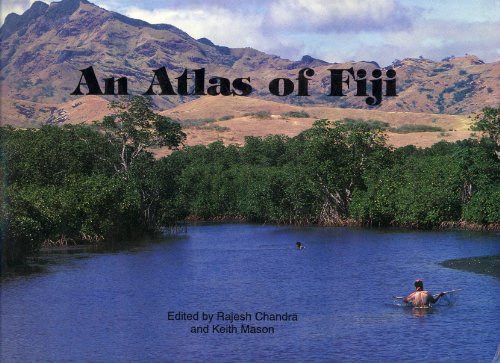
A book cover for An Atlas of Fiji; Travel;